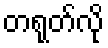
တရုတ်လို